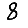
Digit: 8